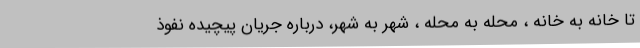
تا خانه به خانه ، محله به محله ، شهر به شهر، درباره جریان پیچیده نفوذ